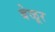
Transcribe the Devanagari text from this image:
बेळूर